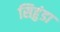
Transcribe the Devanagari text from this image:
सिहुंडा